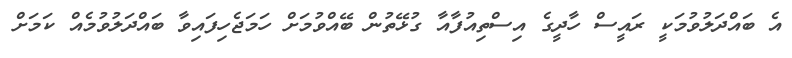
އެ ބައްދަލުވުމަކީ ރައީސް ހާދީގެ އިސްތިއުފާއާ ގުޅޭތުން ބޭއްވުމަށް ހަމަޖެހިފައިވާ ބައްދަލުވުމެއް ކަމަށް